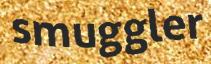
smuggler